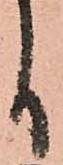
日